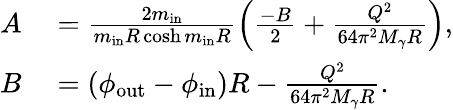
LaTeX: \begin{array}{rl}{A}&{{}=\frac{2m_{\mathrm{in}}}{m_{\mathrm{in}}R\cosh m_{\mathrm{in}}R}\left(\frac{-B}{2}+\frac{Q^{2}}{64\pi^{2}M_{\gamma}R}\right),}\\ {B}&{{}=(\phi_{\mathrm{out}}-\phi_{\mathrm{in}})R-\frac{Q^{2}}{64\pi^{2}M_{\gamma}R}.}\end{array}